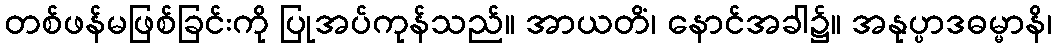
တစ်ဖန်မဖြစ်ခြင်းကို ပြုအပ်ကုန်သည်။ အာယတိံ၊ နောင်အခါ၌။ အနုပ္ပာဒဓမ္မာနိ၊